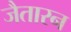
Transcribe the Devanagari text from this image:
जैतारन